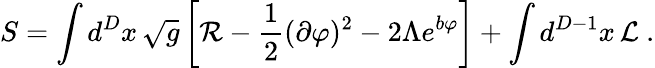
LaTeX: S=\int d^{D}x\, \sqrt{g}\left[{\cal R}-\frac{1}{2}(\partial\varphi)^{2}-2\Lambda e^{b\varphi}\right]+\int d^{D-1}x\, {\cal L}\ .